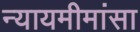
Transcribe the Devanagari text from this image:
न्यायमीमांसा